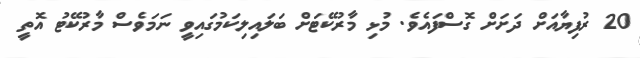
20 ރުފިޔާއަށް ދަށަށް ގޮސްފައެވެ. މުޅި މާރުކޭޓަށް ބަލައިލިކަމުގައިވީ ނަމަވެސް މާރުކޭޓު އޮތީ